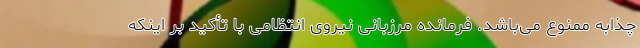
چذابه ممنوع می‌باشد. فرمانده مرزبانی نیروی انتظامی با تأکید بر اینکه